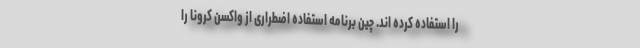
را استفاده کرده اند. چین برنامه استفاده اضطراری از واکسن کرونا را